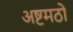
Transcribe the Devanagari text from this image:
अष्टमठों